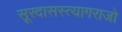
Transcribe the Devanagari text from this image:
सूरदासस्त्यागराजो